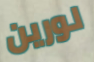
لورين